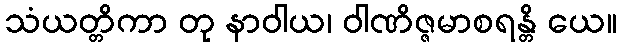
သံယတ္တိကာ တု နာဝါယ၊ ဝါဏိဇ္ဇမာစရန္တိ ယေ။